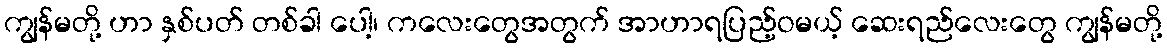
ကျွန်မတို့ ဟာ နှစ်ပတ် တစ်ခါ ပေါ့၊ ကလေးတွေအတွက် အာဟာရပြည့်ဝမယ့် ဆေးရည်လေးတွေ ကျွန်မတို့